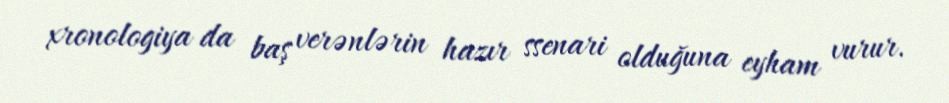
xronologiya da baş verənlərin hazır ssenari olduğuna eyham vurur.